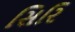
સિરિ